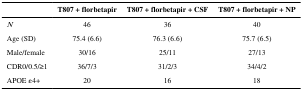
<table><thead><tr><td></td><td><b>T807 + florbetapir</b></td><td><b>T807 + florbetapir + CSF</b></td><td><b>T807 + florbetapir + NP</b></td></tr></thead><tbody><tr><td><i>N</i></td><td>46</td><td>36</td><td>40</td></tr><tr><td>Age (SD)</td><td>75.4 (6.6)</td><td>76.3 (6.6)</td><td>75.7 (6.5)</td></tr><tr><td>Male/female</td><td>30/16</td><td>25/11</td><td>27/13</td></tr><tr><td>CDR0/0.5/≥1</td><td>36/7/3</td><td>31/2/3</td><td>34/4/2</td></tr><tr><td>APOE ε4+</td><td>20</td><td>16</td><td>18</td></tr></tbody></table>